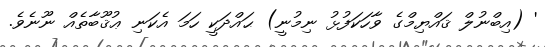
' (އިބްނުލް ޤައްޔިމްގެ ވާހަކަފުޅު ނިމުނީ) ޙައްދަކީ ހަމަ އެކަނި ޢުޤޫބާތެއް ނޫނެވެ.